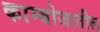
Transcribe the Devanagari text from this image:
काम्बोजातील